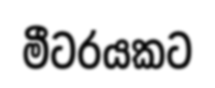
මීටරයකට